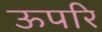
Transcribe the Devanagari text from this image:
ऊपरि